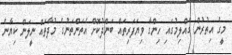
މީގެ އިތުރުން ގެއްލިމުގައި ހިންގާ ވިޔަފަރިތައް ބަންދުކޮށް އެތަންތަނުގެ މުދާތައް ނީލަން ކިޔާނެ